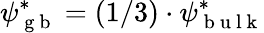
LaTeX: \psi_{\mathrm{~g~b~}}^{*}=(1/3)\cdot\psi_{\mathrm{~b~u~l~k~}}^{*}